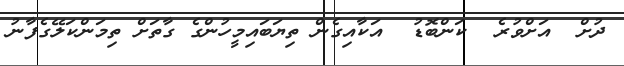
ދުށް  އަށްވުރެ  ކަންބޮޑު  އަކާއިގެން ތިޔަބައިމީހުންގެ ގާތަށް ތިމަންކަލޭގެފާނު